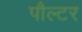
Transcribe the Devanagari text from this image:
पौल्टर